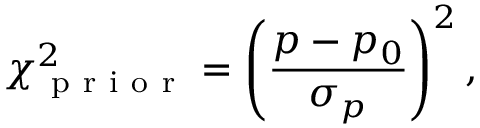
\chi _ { \mathrm { ~ p ~ r ~ i ~ o ~ r ~ } } ^ { 2 } = \left( \frac { p - p _ { 0 } } { \sigma _ { p } } \right) ^ { 2 } ,